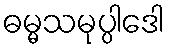
ဓမ္မသမုပ္ပါဒေါ